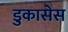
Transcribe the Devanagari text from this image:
डुकासेस